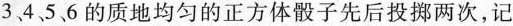
3、4、5、6的质地均匀的正方体骰子先后投掷两次，记